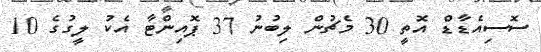
ސޮސިއެޑާޑް އޮތީ 30 މެޗުން ލިބުނު 37 ޕޮއިންޓާ އެކު ލީގުގެ 10